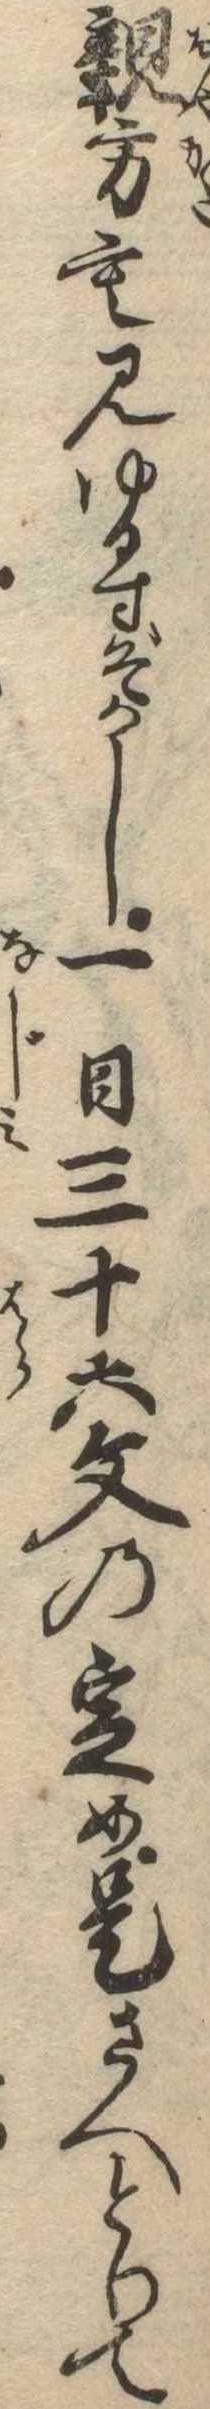
親方も見ゆるすぞかし一日三十六文の定め是さへとりて